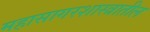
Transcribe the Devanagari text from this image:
महासागरशास्त्रातील